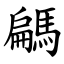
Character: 騗